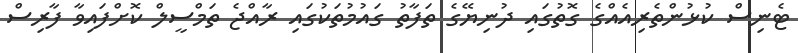
ޓެނިސް ކުޅުންތެރިއެއްގެ ގޮތުގައި ދުނިޔޭގެ ތަފާތު ގައުމުތަކުގައި ރާއްޖެ ތަމްސީލް ކޮށްފައިވާ ފާރިސް